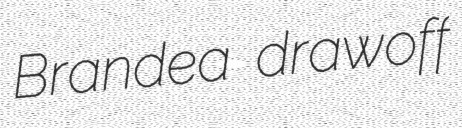
Brandea drawoff